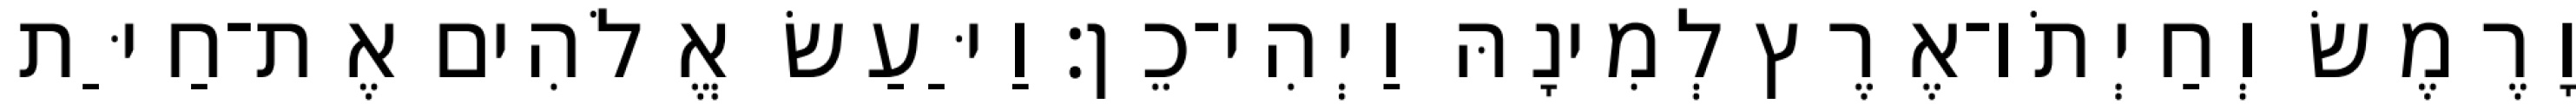
וָרֶמֶשׂ וְחַיְתֹו־אֶרֶץ לְמִינָהּ וַיְהִי־כֵן׃ וַיַּעַשׂ אֱלֹהִים אֶת־חַיַּת